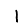
Digit: 1